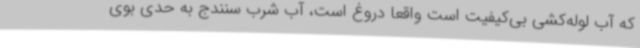
که آب لوله‌کشی بی‌کیفیت است واقعا دروغ است، آب شرب سنندج به حدی بوی